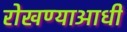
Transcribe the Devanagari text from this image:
रोखण्याआधी